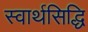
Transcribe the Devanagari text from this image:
स्वार्थसिद्धि